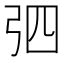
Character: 𢏎